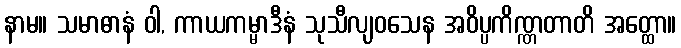
နာမ။ သမာဓာနံ ဝါ, ကာယကမ္မာဒီနံ သုသီလျဝသေန အဝိပ္ပကိဏ္ဏတာတိ အတ္ထော။